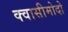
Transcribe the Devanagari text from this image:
क्वासीमोदो